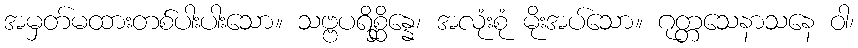
အမှတ်မထားတစ်ပါးပါးသော။ သဗ္ဗပရိစ္ဆိန္နေ၊ အလုံးစုံ မိုးအပ်သော။ ဂုတ္တသေနာသနေ ဝါ၊